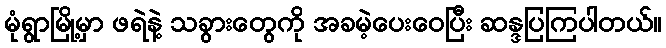
မုံရွာမြို့မှာ ဖရဲနဲ့ သခွားတွေကို အခမဲ့ပေးဝေပြီး ဆန္ဒပြကြပါတယ်။